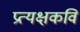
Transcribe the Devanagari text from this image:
प्रत्यक्षकवि